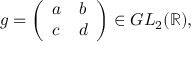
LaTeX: g = { \left( \begin{array} { l l } { a } & { b } \\ { c } & { d } \end{array} \right) } \in G L _ { 2 } ( \mathbb { R } ) ,